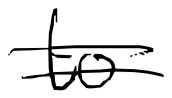
Text: to
Cross-out: double-line
Writing tool: digital_black